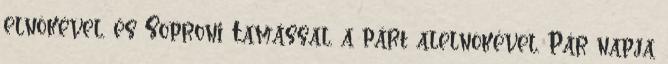
elnökével, és Soproni Tamással, a párt alelnökével. Pár napja